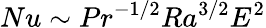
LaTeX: Nu\sim Pr^{-1/2}Ra^{3/2}E^{2}